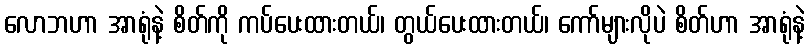
လောဘဟာ အာရုံနဲ့ စိတ်ကို ကပ်ပေးထားတယ်၊ တွယ်ပေးထားတယ်၊ ကော်များလိုပဲ စိတ်ဟာ အာရုံနဲ့